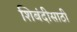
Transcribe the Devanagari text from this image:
शिबंदीसाठी